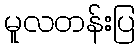
မူလတန်းပြ